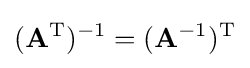
(\mathbf {A} ^{\mathrm {T} })^{-1}=(\mathbf {A} ^{-1})^{\mathrm {T} }